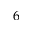
6